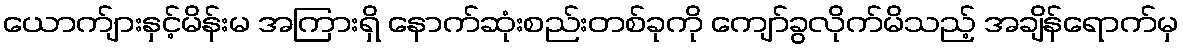
ယောက်ျားနှင့်မိန်းမ အကြားရှိ နောက်ဆုံးစည်းတစ်ခုကို ကျော်ခွလိုက်မိသည့် အချိန်ရောက်မှ